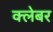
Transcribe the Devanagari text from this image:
क्लेबर